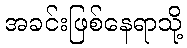
အခင်းဖြစ်နေရာသို့